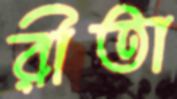
রীতা